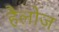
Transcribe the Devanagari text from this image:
हैलोज